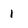
Character: 1